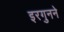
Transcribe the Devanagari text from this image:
इरगुनने